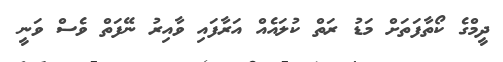
ދީމްގެ ކޯތާފަތަށް މަޑު ރަތް ކުލައެއް އަރާފައި ވާއިރު ނޭފަތް ވެސް ވަނީ